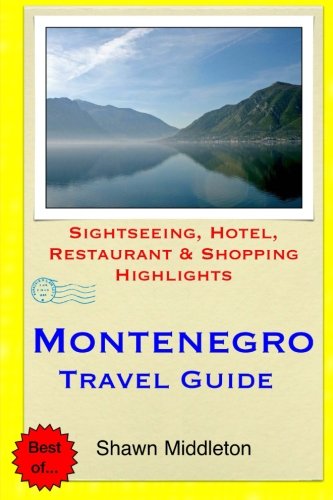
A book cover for Montenegro Travel Guide: Sightseeing, Hotel, Restaurant & Shopping Highlights; Shawn Middleton; Travel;